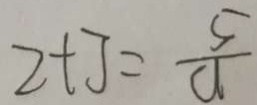
2 + J = \frac { 5 } { a }